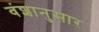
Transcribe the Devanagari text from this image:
वंशानुसार